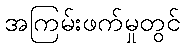
အကြမ်းဖက်မှုတွင်